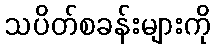
သပိတ်စခန်းများကို